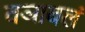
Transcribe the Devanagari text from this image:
वञाबलं